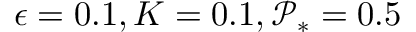
\epsilon = 0 . 1 , K = 0 . 1 , \mathcal { P } _ { * } = 0 . 5